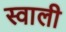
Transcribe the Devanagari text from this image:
स्वाली